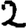
Digit: 2